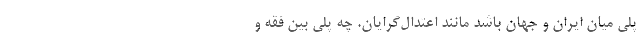
پُلی میان ایران و جهان باشد مانند اعتدال‌گرایان. چه پلی بین فقه و